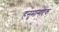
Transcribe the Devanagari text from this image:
हनुमानाष्टक